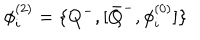
\phi _ { i } ^ { ( 2 ) } = \{ Q ^ { - } , [ { \bar { Q } } ^ { - } , \phi _ { i } ^ { ( 0 ) } ] \}